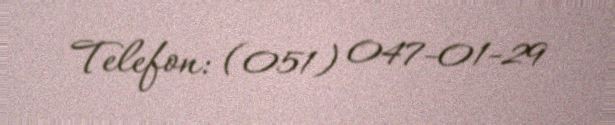
Telefon: (051) 047-01-29